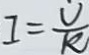
I = \frac { U } { R }